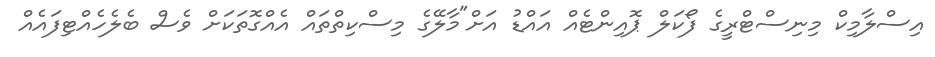
އިސްލާމިކް މިނިސްޓްރީގެ ފޯކަލް ޕޮއިންޓެއް އައްޑު އަށް"މާލޭގެ މިސްކިތްތައް އެއްގޮތަކަށް ވެސް ބެލެހެއްޓިފައެއް